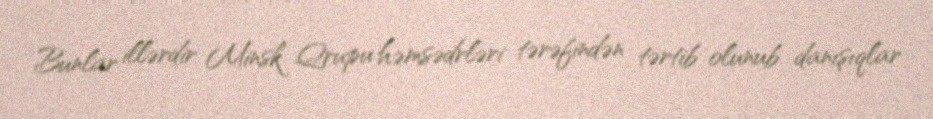
Bunlar illərdir Minsk Qrupu həmsədrləri tərəfindən tərtib olunub danışıqlar